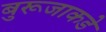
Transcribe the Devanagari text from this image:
बुरूजाकडे